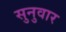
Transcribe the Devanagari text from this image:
सुनुवार